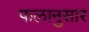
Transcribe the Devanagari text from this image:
फलानुसार